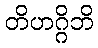
တိဟဂ္ဂိဘိ